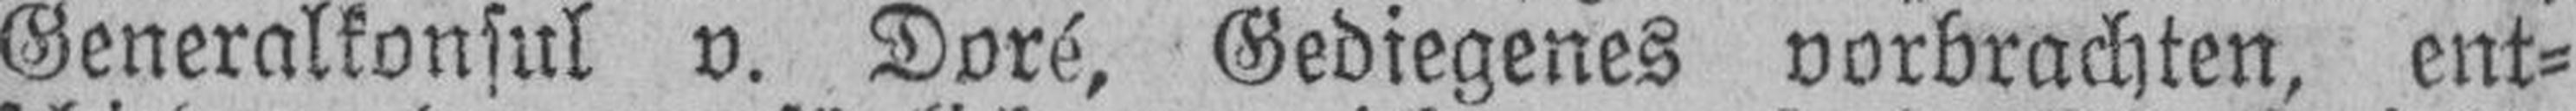
Generalkonsul v. Doré, Gediegenes vorbrachten, ent¬